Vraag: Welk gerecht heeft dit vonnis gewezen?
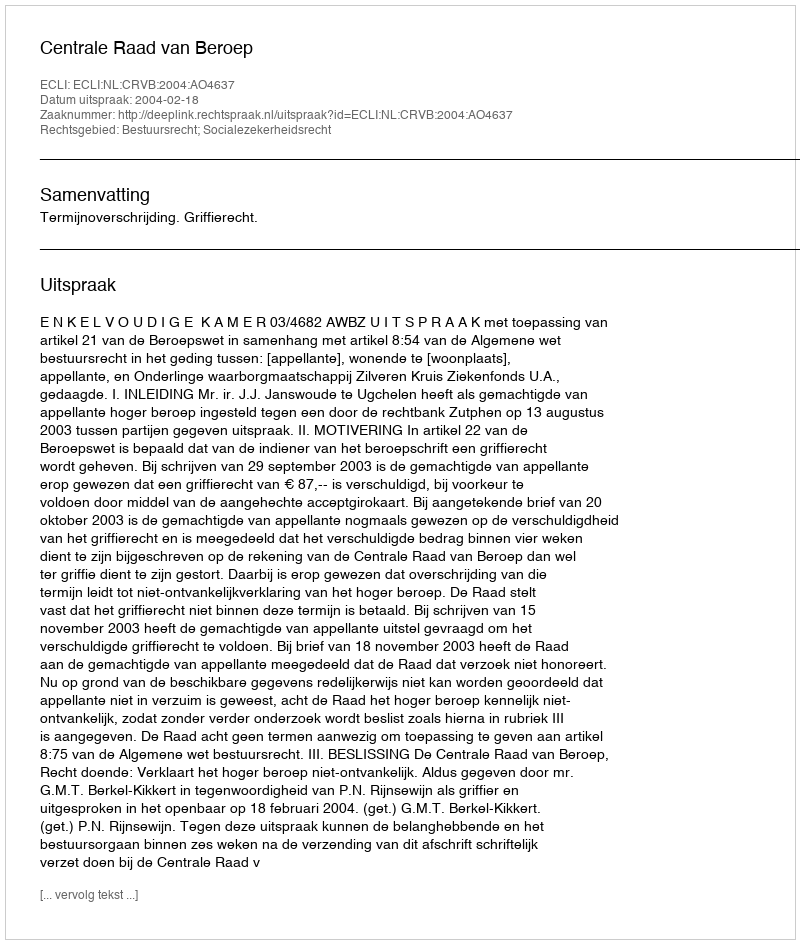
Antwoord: Centrale Raad van Beroep